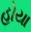
હોયા